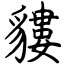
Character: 貗